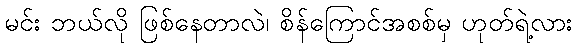
မင်း ဘယ်လို ဖြစ်နေတာလဲ၊ စိန်ကြောင်အစစ်မှ ဟုတ်ရဲ့လား